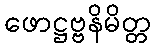
ဖောဋ္ဌဗ္ဗနိမိတ္တ